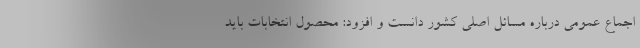
اجماع عمومی درباره مسائل اصلی کشور دانست و افزود: محصول انتخابات باید